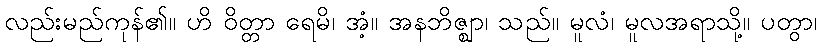
လည်းမည်ကုန်၏။ ဟိ ဝိတ္တာ ရေမိ၊ အံ့။ အနဘိဇ္ဈာ၊ သည်။ မူလံ၊ မူလအရာသို့။ ပတွာ၊